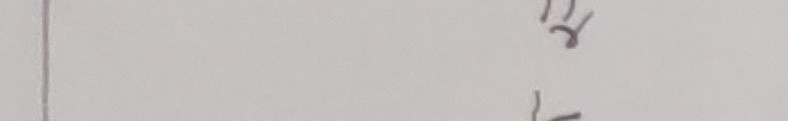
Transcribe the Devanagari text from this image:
१र
६